Report of the Municipal Commissioner on the plague in Bombay for the year ending 31st May... - Volume 3
Disease focus: Plague
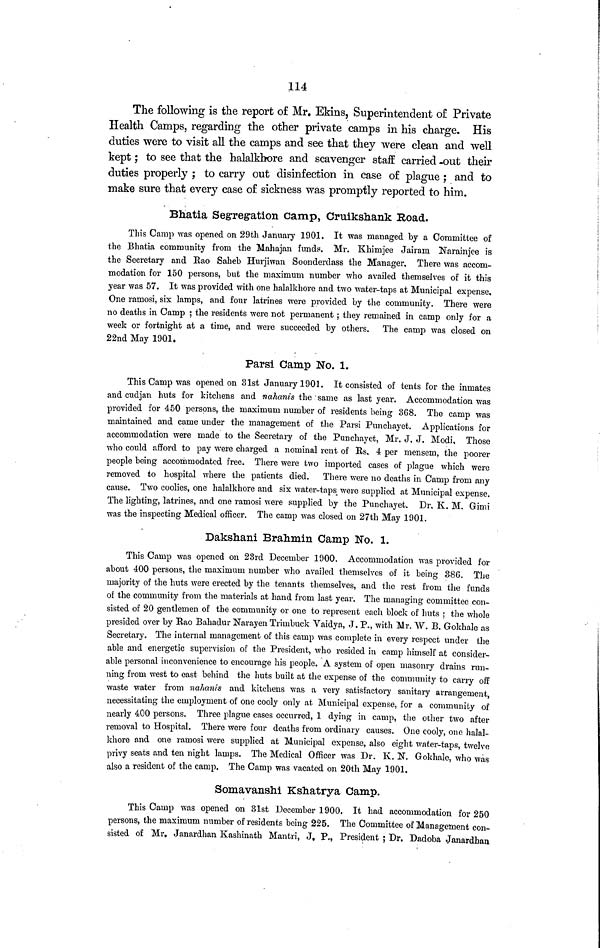
114
The following is the report of Mr. Ekins, Superintendent of Private
Health Camps, regarding the other private camps in his charge. His
duties were to visit all the camps and see that they were clean and well
kept ; to see that the halalkhore and scavenger staff carried out their
duties properly ; to carry out disinfection in case of plague ; and to
make sure that every case of sickness was promptly reported to him.
Bhatia Segregation camp, Cruikshank Road.
This Camp was opened on 29th January 1901. It was managed by a Committee of
the Bhatia community from the Mahajan funds. Mr. Khimjee Jairam Narainjee is
the Secretary and Rao Saheb Hurjiwan Soonderdass the Manager, There was accom-
modation for 150 persons, but the maximum number who availed themselves of it this
year was 57. It was provided with one halalkhore and two water-taps at Municipal expense.
One ramosi, six lamps, and four latrines were provided by the community. There were
no deaths in Camp ; the residents were not permanent ; they remained in camp only for a
week or fortnight at a time, and were succeeded by others. The camp was closed on
22nd May 1901.
Parsi Camp No. 1.
This Camp was opened on 31st January 1901. It consisted of tents for the inmates
and cudjan huts for kitchens and nahanis the same as last year. Accommodation was
provided for 450 persons, the maximum number of residents being 368. The camp was
maintained and came under the management of the Parsi Punchayet. Applications for
accommodation were made to the Secretary of the Punchayet, Mr. J. J. Modi, Those
who could afford to pay were charged a nominal rent of Rs, 4 per mensem, the poorer
people being accommodated free. There were two imported cases of plague which were
removed to hospital where the patients died. There were no deaths in Camp from any
cause. Two coolies, one halalkhore and six water-taps were supplied at Municipal expense.
The lighting, latrines, and one ramosi were supplied by the Punchayet. Dr. K. M. Gimi
was the inspecting Medical officer. The camp was closed on 27th May 1901.
Dakshani Brahmin Camp No. 1.
This Camp was opened on 23rd December 1900. Accommodation was provided for
about 400 persons, the maximum number who availed themselves of it being 386. The
majority of the huts were erected by the tenants themselves, and the rest from the funds
of the community from the materials at hand from last year. The managing committee con-
sisted of 20 gentlemen of the community or one to represent each block of huts ; the whole
presided over by Rao Bahadur Narayen Trimbuck Vaidya, J. P., with Mr. W. B. Gokhale as
Secretary. The internal management of this camp was complete in every respect under the
able and energetic supervision of the President, who resided in camp himself at consider-
able personal inconvenience to encourage his people. A system of open masonry drains run-
ning from west to east behind the huts built at the expense of the community to carry off
waste water from nahanis and kitchens was a very satisfactory sanitary arrangement,
necessitating the employment of one cooly only at Municipal expense, for a community of
nearly 400 persons. Three plague cases occurred, 1 dying in camp, the other two after
removal to Hospital. There were four deaths from ordinary causes. One cooly, one halal-
khore and one ramosi were supplied at Municipal expense, also eight water-taps, twelve
privy seats and ten night lamps. The Medical Officer was Dr. K. N. Gokhale, who was
also a resident of the camp. The Camp was vacated on 20th May 1901.
Somavanshi Kshatrya Camp.
This Camp was opened on 31st December 1900. It had accommodation for 250
persons, the maximum number of residents being 225. The Committee of Management con-
sisted of Mr, Janardhan Kashinath Mantri, J. P., President ; Dr. Dadoba Janardhan